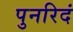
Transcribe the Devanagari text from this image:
पुनरिदं